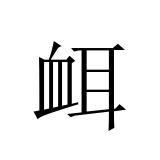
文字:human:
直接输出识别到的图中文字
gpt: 衈